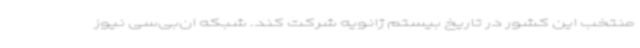
منتخب این کشور در تاریخ بیستم ژانویه شرکت کند. شبکه ان‌بی‌سی نیوز